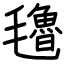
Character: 氌